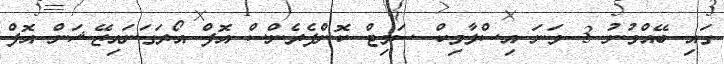
ގައި ބޭއްވުނު 3 ވަނަ އިސްލާމިކް ސަމިޓް ކޮންފެރެންސް އޮފް އޯރަގަނައިޒޭޝަން އޮފް